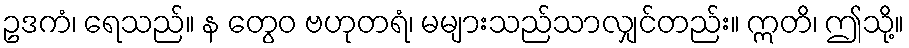
ဥဒကံ၊ ရေသည်။ န တွေဝ ဗဟုတရံ၊ မများသည်သာလျှင်တည်း။ ဣတိ၊ ဤသို့။